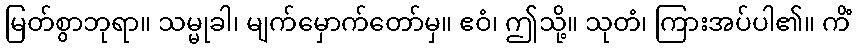
မြတ်စွာဘုရာ။ သမ္မုခါ၊ မျက်မှောက်တော်မှ။ ဧဝံ၊ ဤသို့။ သုတံ၊ ကြားအပ်ပါ၏။ ကိံ